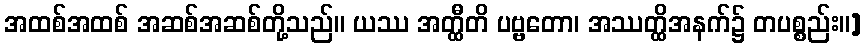
အထစ်အထစ် အဆစ်အဆစ်တို့သည်။ ယဿ အတ္ထီတိ ပဗ္ဗတော၊ အဿတ္ထိအနက်၌ တပစ္စည်း။]